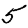
Digit: 5